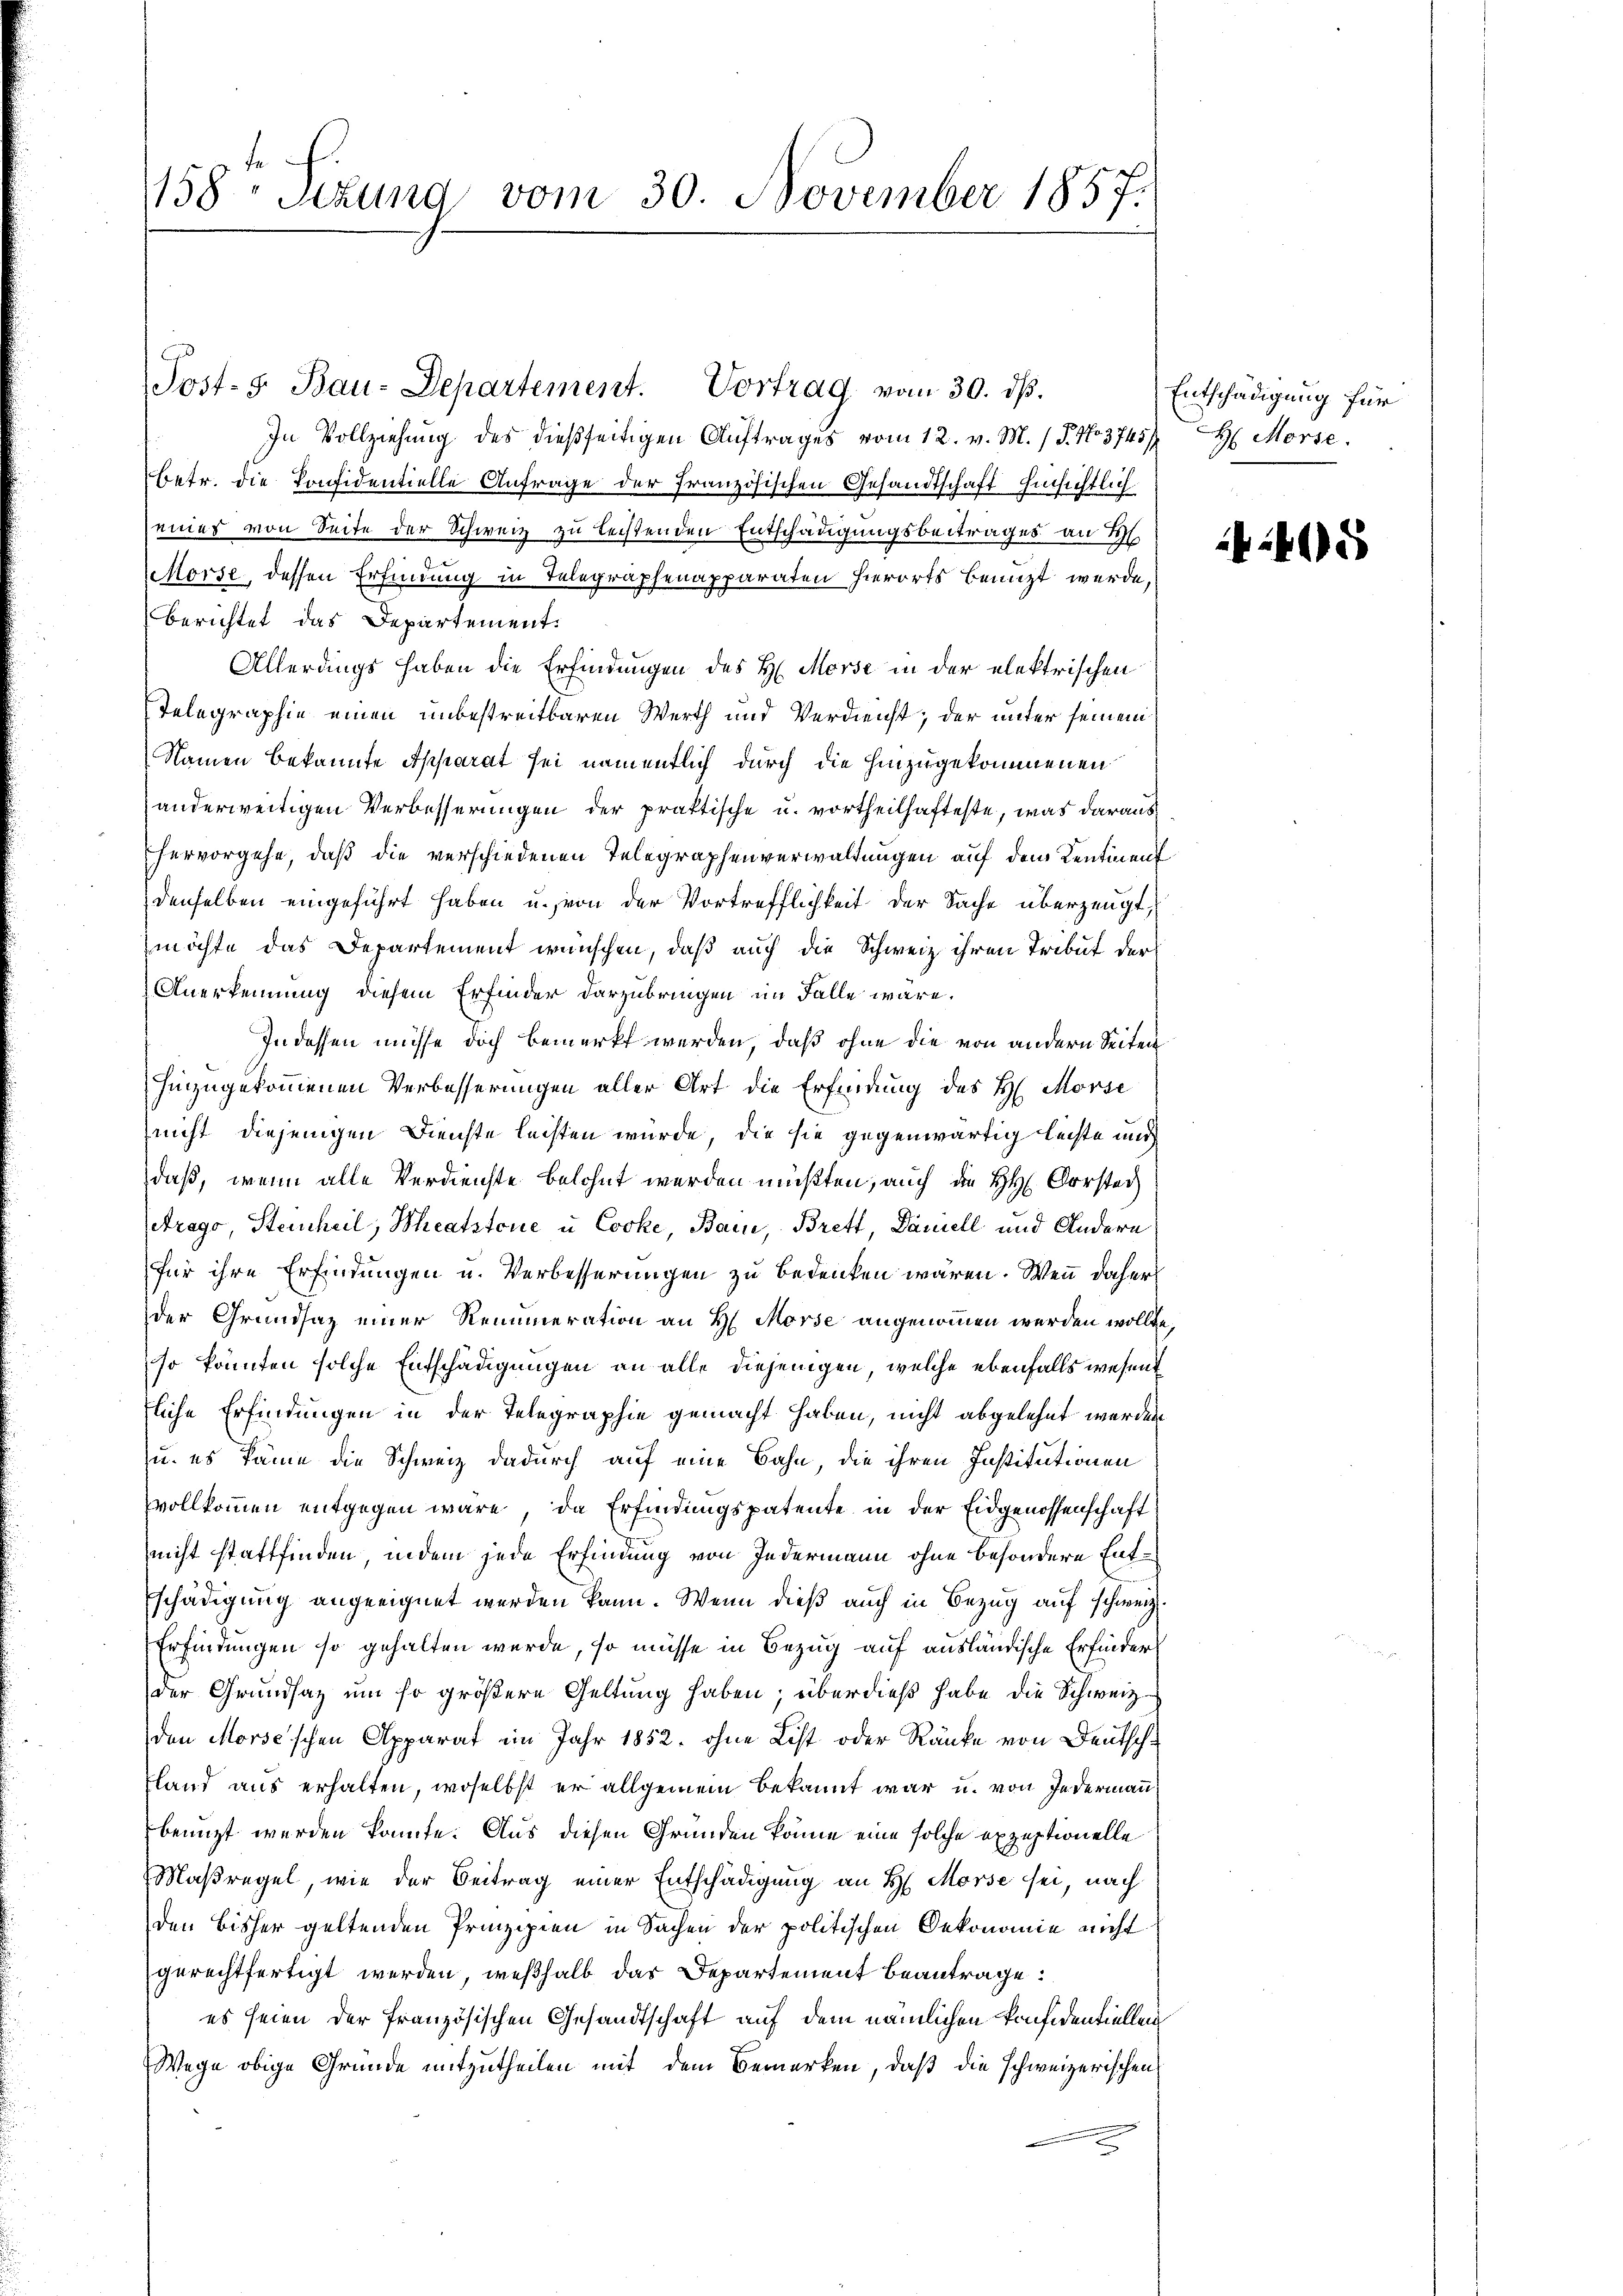
158. Sizung vom 30. November 1857.

Post- 5. Bau-Departement. Vortrag vom 30. ds.
In Vollziehung des dießseitigen Auftrages vom 12. v. M. / P. No. 3745)
betr. die Konfidentielle Anfrage der Französischen Gesandtschaft hinsichtlich
seines von Seite der Schweiz zu leistenden Entschädigungsbeitrages an H
Morse, dessen Erfindung in Telegraphenapparaten hierorts benuzt werde,
berichtet das Departement.
Allerdings haben die Erfindungen des H. Morse in der elektrischen
Telegraphie einen unbestreitbaren Werth und Verdienst, der unter seinem
Namen bekannte Apparat sei namentlich durch die hinzugekommenen
anderweitigen Verbesserungen der praktische u. vortheilhafteste, was daraus
hervorgehe, daß die verschiedenen Telegraphenverwaltungen auf den Kentinen
denselben eingeführt haben u. von der Vortrefflichkeit der Sache überzeugt,
möchte das Departement wünschen, daß auch die Schweiz ihren Tribut der
Anerkennung diesem Erfinder darzubringen im Falle wäre.
Indessen müsse doch bemerkt werden, daß ohne die von andern Seiten
hinzugekommenen Verbesserungen aller Art die Erfindung des H. Morse
nicht diejenigen Dienste leisten würde, die sie gegenwärtig leiste mich
daß, wenn alle Verdienste belohnt werden müßten, auch die HH. Vorstech
Arago Steinheil, Theatstone u Cocke, Bau, Brett, Daniell und Andern
für ihre Erfindungen u. Verbesserungen zu bedenken wären. Wenn daher
der Grundsaz einer Renumeration an H. Morse angenommen werden wollte,
so könnten solche Entschädigungen an alle diejenigen, welche ebenfalls wesent
fliche Erfindungen in der Telegraphie gemacht haben, nicht abgelehnt werden
u. es käme die Schweiz dadurch auf eine Bahn, die ihren Institutionen
vollkommen entgegen wäre, da Erfindungspatente in der Eidgenossenschaft
nicht stattfinden, indem jede Erfindung von Jedermann ohne besondere Entschädigung angeeignet werden kann. Wenn dieß auch in Bezug auf schweiz.
Erfindungen so gehalten wurde, so müsse in Bezug auf ausländische Erfinder
der Grundsaz um so größere Geltung haben; überdieß habe die Schweiz
den Morse'schen Apparat im Jahr 1852. ohne List oder Ränke von Deutsch¬
Fland aus erhalten, woselbst er allgemein bekannt war u. von Jedermann
benutzt werden könnte. Aus diesen Gründen könne eine solche expeptionelle
Maßregel, wie der Beitrag einer Entschädigung an H. Morse sei, nach
den bisher geltenden Prinzipien in Sachen der politischen Oekonomie nicht
gerechtfertigt werden, weßhalb das Departement beantrage:
es seien der französischen Gesandtschaft auf dem nämlichen Konfidentiellen
Wege obige Gründe mitzutheilen mit dem Bemerken, daß die schweizerischen

Entschädigung für
H. Morse.

405